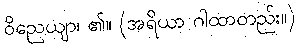
ဝိညေယျာ၊ ၏။ (အရိယာ ဂါထာတည်း။)